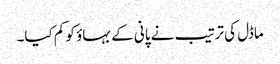
ماڈل کی ترتیب نے پانی کے بہاؤ کو کم کیا۔